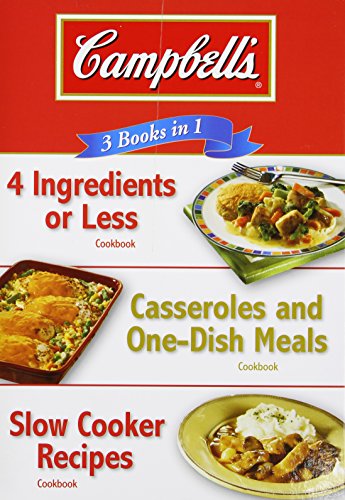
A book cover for Campbell's 3 Books in 1: 4 Ingredients or Less Cookbook, Casseroles and One-Dish Meals Cookbook, Slow Cooker Recipes Cookbook; Cookbooks, Food & Wine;